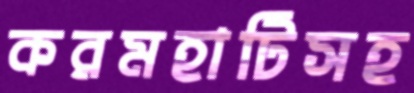
করমহাটিসহ